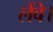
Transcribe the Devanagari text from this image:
लेंवे।